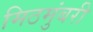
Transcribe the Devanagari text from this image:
मिठमुंबरी